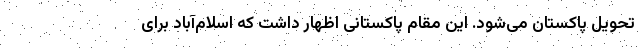
تحویل پاکستان می‌شود. این مقام پاکستانی اظهار داشت که اسلام‌آباد برای